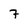
Character: 7